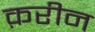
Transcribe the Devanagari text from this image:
क़रीन